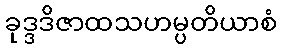
ခုဒ္ဒဒိဇာထသဟမ္ပတိယာစံ